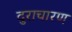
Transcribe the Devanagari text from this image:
दुराचारण